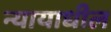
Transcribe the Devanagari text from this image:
न्यायाधील